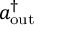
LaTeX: a _ { \mathrm { o u t } } ^ { \dagger }